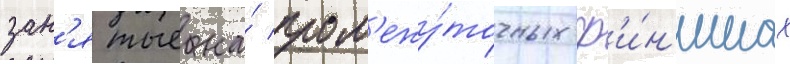
зан'ятые на́ пром'ежу́точных ф'и́н'ишах